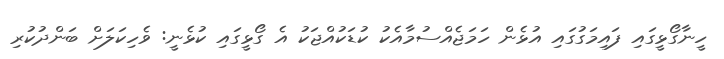
ހީނާގޯޅީގައި ފައިމަގުގައި އުޅެން ހަމަޖެއްސުމާއެކު ކުޑަކުއްޖަކުު އެ ގޯޅީގައި ކުޅެނީ: ވެހިކަލަށް ބަންދުކުރި